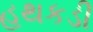
હથકડી